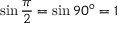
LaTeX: \sin { \frac { \pi } { 2 } } = \sin 9 0 ^ { \circ } = 1